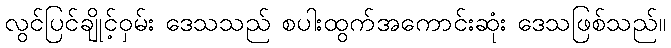
လွင်ပြင်ချိုင့်ဝှမ်း ဒေသသည် စပါးထွက်အကောင်းဆုံး ဒေသဖြစ်သည်။